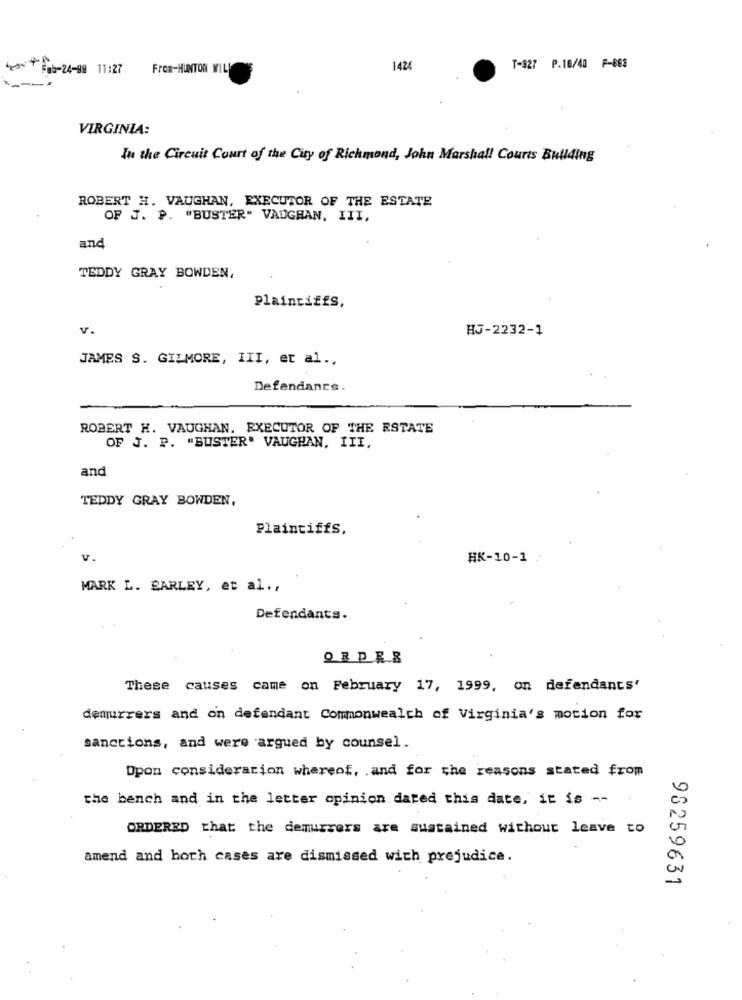
4gONT8gb-24-99 11:27
FrOR-HUNTON WILL
142
T-927 P.10/40 F-803
---
VIRGINIA:
In the Circuit Court of the City of Richmond, John Marshall Courts Building
ROBERT H. VAUGHAN, EXECUTOR OF THE ESTATE
OF J. P. "BUSTER" VAUGHAN. III,
and
TEDDY GRAY BOWDEN,
PlaintiffS,
v.
HJ-2232-1
JAMES S. GILMORE, III, et al .,
Defendants.
ROBERT H. VAUGHAN. EXECUTOR OF THE ESTATE
OF J. P. "BUSTER" VAUGHAN, III,
and
TEDDY GRAY BOWDEN,
Plaintiffs,
v.
HK-10-1
MARK L. BARLEY, et al. ,
Defendants.
ORDER
These causes came on February 17, 1999, on defendants'
demurrers and on defendant Commonwealth of Virginia's motion for
sanctions, and were argued by counsel.
Dpon consideration whereof, . and for the reasons stated from
the bench and in the letter opinion dated this date, it is --
ORDERED that the demuurrers are sustained without leave to
amend and both cases are dismissed with prejudice.
98259631